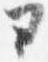
ヨ